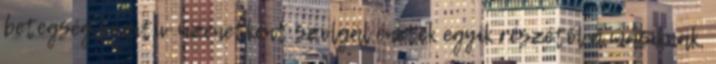
betegség pozitív üzenetként szolgál énetek egyik részétől a másiknak,